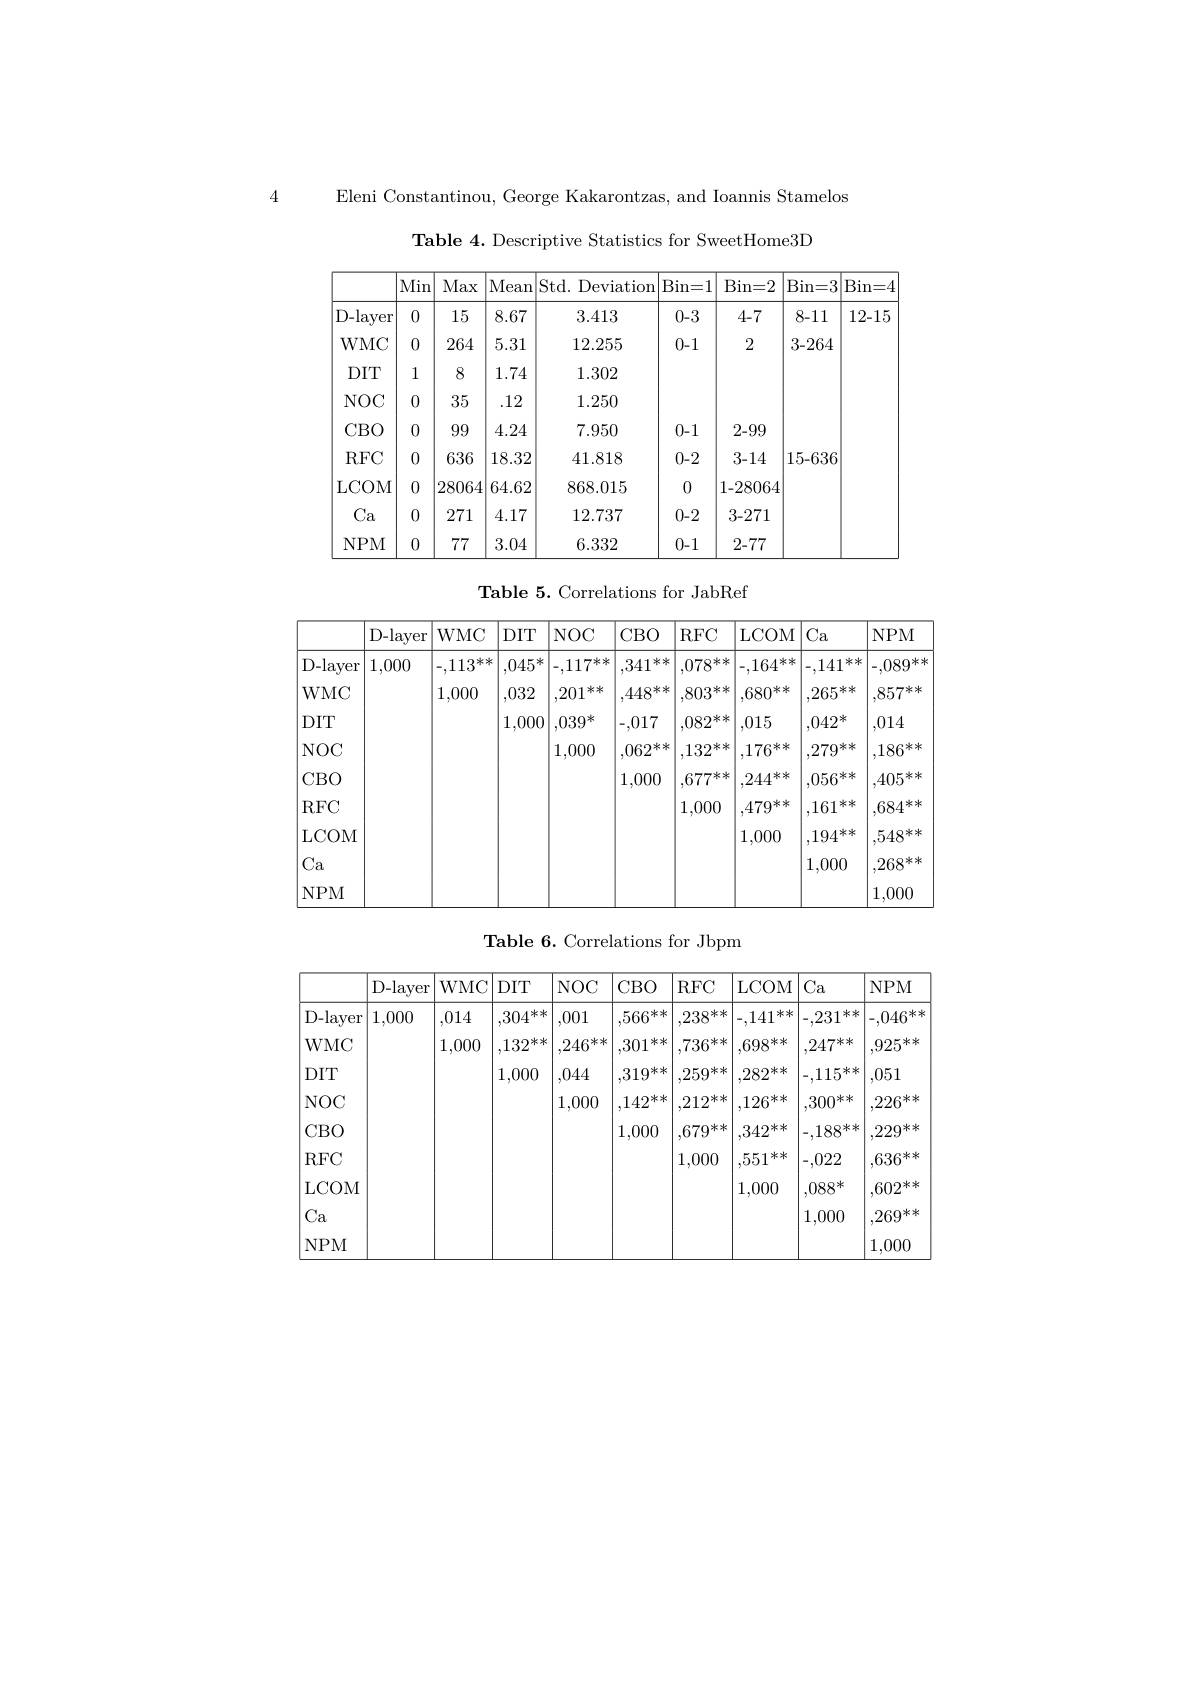
Eleni Constantinou, George Kakarontzas, and Ioannis Stamelos

4

Table 4. Descriptive Statistics for SweetHome3D

<table>
	<tbody>
		<tr>
			<th> </th>
			<th>Min</th>
			<th>Max</th>
			<th>Mean</th>
			<th>Std. Deviation</th>
			<th>$\operatorname{Bin=1}$</th>
			<th>Bin= 2</th>
			<th>$\operatorname{Bin=3}$</th>
			<th>$Bin=.$ 一</th>
		</tr>
		<tr>
			<td>D-layer</td>
			<td>0</td>
			<td>15</td>
			<td>8.67</td>
			<td>3.413</td>
			<td>0-3</td>
			<td>4-7</td>
			<td>8-11</td>
			<td>12-15</td>
		</tr>
		<tr>
			<td>$WMC$</td>
			<td>0</td>
			<td>264</td>
			<td>5.31</td>
			<td>12.255</td>
			<td>0-1</td>
			<td>2</td>
			<td>3-264</td>
			<td> </td>
		</tr>
		<tr>
			<td>$DIT$</td>
			<td>1</td>
			<td>8</td>
			<td>1.74</td>
			<td>1.302</td>
			<td> </td>
			<td> </td>
			<td> </td>
			<td> </td>
		</tr>
		<tr>
			<td>$NOC$</td>
			<td>0</td>
			<td>35</td>
			<td>.12</td>
			<td>1.250</td>
			<td> </td>
			<td> </td>
			<td> </td>
			<td> </td>
		</tr>
		<tr>
			<td>CBO</td>
			<td>0</td>
			<td>99</td>
			<td>4.24</td>
			<td>7.950</td>
			<td>0-1</td>
			<td>2-99</td>
			<td> </td>
			<td> </td>
		</tr>
		<tr>
			<td>$RFC$</td>
			<td>0</td>
			<td>636</td>
			<td>18.32</td>
			<td>41.818</td>
			<td>0-2</td>
			<td>3-14</td>
			<td>15-636</td>
			<td> </td>
		</tr>
		<tr>
			<td>LCOM</td>
			<td>0</td>
			<td>28064</td>
			<td>64.62</td>
			<td>868.015</td>
			<td>0</td>
			<td>1-28064</td>
			<td> </td>
			<td> </td>
		</tr>
		<tr>
			<td>Ca</td>
			<td>0</td>
			<td>271</td>
			<td>4.17</td>
			<td>12.737</td>
			<td>0-2</td>
			<td>3-271</td>
			<td> </td>
			<td> </td>
		</tr>
		<tr>
			<td>$NPM$</td>
			<td>0</td>
			<td>77</td>
			<td>3.04</td>
			<td>6.332</td>
			<td>0-1</td>
			<td>2-77</td>
			<td> </td>
			<td> </td>
		</tr>
	</tbody>
</table>

Table 5. Correlations for JabRef

<table>
	<tbody>
		<tr>
			<th> </th>
			<th>D-layer</th>
			<th>$WMC$</th>
			<th>$DIT$</th>
			<th>$NOC$</th>
			<th>CBO</th>
			<th>$RFC$</th>
			<th>LCOM</th>
			<th>$Ca$</th>
			<th>$NPM$</th>
		</tr>
		<tr>
			<td>D-layer</td>
			<td>1,000</td>
			<td>$-.113^{**}$</td>
			<td>$,045^*$</td>
			<td>$-117^{**}$ </td>
			<td>,341 米米</td>
			<td>$.078^{**}$</td>
			<td>$-164^{**}$</td>
			<td>..141 **</td>
			<td>-.089**</td>
		</tr>
		<tr>
			<td>WMC</td>
			<td> </td>
			<td>1,000</td>
			<td>,032</td>
			<td>米米 201</td>
			<td>$448^{**}$</td>
			<td>$.803^{**}$</td>
			<td>$.680^{**}$</td>
			<td>$.265^{**}$</td>
			<td>$.857^{**}$</td>
		</tr>
		<tr>
			<td>$DIT$</td>
			<td> </td>
			<td> </td>
			<td>1,000</td>
			<td>$,039^{*}$</td>
			<td>-,017</td>
			<td>$.082^{**}$</td>
			<td>,015</td>
			<td>$.042^{*}$</td>
			<td>,014</td>
		</tr>
		<tr>
			<td>$NOC$</td>
			<td> </td>
			<td> </td>
			<td> </td>
			<td>1,000</td>
			<td>$.062^{**}$</td>
			<td>$132^{**}$</td>
			<td>$.176^{**}$</td>
			<td>$279^{**}$</td>
			<td>$186^{**}$</td>
		</tr>
		<tr>
			<td>CBO</td>
			<td> </td>
			<td> </td>
			<td> </td>
			<td> </td>
			<td>1,000</td>
			<td>$677^{**}$</td>
			<td>$244^{**}$</td>
			<td>$.056^{**}$</td>
			<td>$405^{**}$</td>
		</tr>
		<tr>
			<td>$RFC$</td>
			<td> </td>
			<td> </td>
			<td> </td>
			<td> </td>
			<td> </td>
			<td>1,000</td>
			<td>$479^{**}$</td>
			<td>161 米米</td>
			<td>$.684^{**}$</td>
		</tr>
		<tr>
			<td>LCOM</td>
			<td> </td>
			<td> </td>
			<td> </td>
			<td> </td>
			<td> </td>
			<td> </td>
			<td>1,000</td>
			<td>$194^{**}$</td>
			<td>$.548^{**}$</td>
		</tr>
		<tr>
			<td>$Ca$</td>
			<td> </td>
			<td> </td>
			<td> </td>
			<td> </td>
			<td> </td>
			<td> </td>
			<td> </td>
			<td>1,000</td>
			<td>$.268^{**}$</td>
		</tr>
		<tr>
			<td>$NPM$</td>
			<td> </td>
			<td> </td>
			<td> </td>
			<td> </td>
			<td> </td>
			<td> </td>
			<td> </td>
			<td> </td>
			<td>1,000</td>
		</tr>
	</tbody>
</table>

Table 6. Correlations for Jbpm

<table>
	<tbody>
		<tr>
			<th> </th>
			<th>D-layer</th>
			<th>WMC</th>
			<th>$DIT$</th>
			<th>$NOC$</th>
			<th>CBO</th>
			<th>$RFC$</th>
			<th>LCOM</th>
			<th>Ca</th>
			<th>$NPM$</th>
		</tr>
		<tr>
			<td>D-layer</td>
			<td>1,000</td>
			<td>,014</td>
			<td>$304^{**}$</td>
			<td>,001</td>
			<td>$.566^{**}$</td>
			<td>$,238^{**}$</td>
			<td>-,141 **</td>
			<td>$-.231^{**}$  </td>
			<td>$-.046^{***}$</td>
		</tr>
		<tr>
			<td>$WMC$</td>
			<td> </td>
			<td>1,000</td>
			<td>$132^{**}$</td>
			<td>$246^{**}$</td>
			<td>$.301^{**}$</td>
			<td>$736^{**}$</td>
			<td>$.698^{**}$</td>
			<td>$247^{**}$</td>
			<td>$.925^{**}$</td>
		</tr>
		<tr>
			<td>$DIT$</td>
			<td> </td>
			<td> </td>
			<td>1,000</td>
			<td>,044</td>
			<td>$319^{**}$</td>
			<td>$259^{**}$</td>
			<td>$282^{**}$</td>
			<td>$-.115^{**}$</td>
			<td>,051</td>
		</tr>
		<tr>
			<td>$NOC$</td>
			<td> </td>
			<td> </td>
			<td> </td>
			<td>1,000</td>
			<td>$142^{**}$</td>
			<td>$212^{**}$</td>
			<td>$.126^{**}$</td>
			<td>$,300^{**}$</td>
			<td>$226^{**}$</td>
		</tr>
		<tr>
			<td>$CBO$</td>
			<td> </td>
			<td> </td>
			<td> </td>
			<td> </td>
			<td>1,000</td>
			<td>$.679^{**}$</td>
			<td>$.342^{**}$</td>
			<td>$-.188^{**}$</td>
			<td>$229^{**}$</td>
		</tr>
		<tr>
			<td>$RFC$</td>
			<td> </td>
			<td> </td>
			<td> </td>
			<td> </td>
			<td> </td>
			<td>1,000</td>
			<td>$.551^{**}$</td>
			<td>-,022</td>
			<td>$.636^{**}$</td>
		</tr>
		<tr>
			<td>LCOM</td>
			<td> </td>
			<td> </td>
			<td> </td>
			<td> </td>
			<td> </td>
			<td> </td>
			<td>1,000</td>
			<td>$,088^{*}$</td>
			<td>$.602^{**}$</td>
		</tr>
		<tr>
			<td>$Ca$</td>
			<td> </td>
			<td> </td>
			<td> </td>
			<td> </td>
			<td> </td>
			<td> </td>
			<td> </td>
			<td>1,000</td>
			<td>$269^{**}$</td>
		</tr>
		<tr>
			<td>$NPM$</td>
			<td> </td>
			<td> </td>
			<td> </td>
			<td> </td>
			<td> </td>
			<td> </td>
			<td> </td>
			<td> </td>
			<td>1,000</td>
		</tr>
	</tbody>
</table>